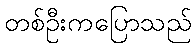
တစ်ဦးကပြောသည်